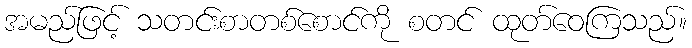
အမည်ဖြင့် သတင်းစာတစ်စောင်ကို စတင် ထုတ်ဝေကြသည်။